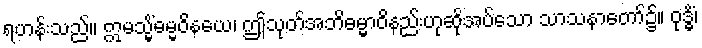
ရဟန်းသည်။ ဣမသ္မိံဓမ္မဝိနယေ၊ ဤသုတ်အဘိဓမ္မာဝိနည်းဟုဆိုအပ်သော သာသနာတော်၌။ ဝုဒ္ဓိံ၊